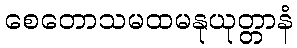
စေတောသမထမနုယုတ္တာနံ